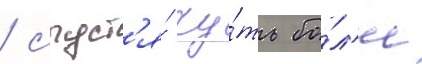
/ спуст'я́ чу́ть бо́л'ее